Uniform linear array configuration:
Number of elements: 48
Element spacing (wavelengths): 0.25
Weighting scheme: cosine
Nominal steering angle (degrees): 0
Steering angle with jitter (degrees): -1.336
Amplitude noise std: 0.05
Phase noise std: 0.05

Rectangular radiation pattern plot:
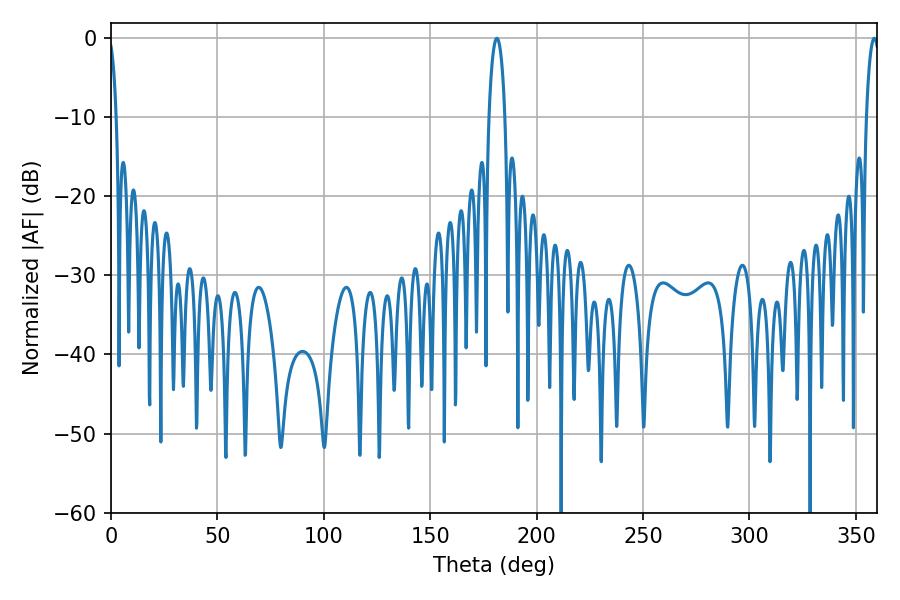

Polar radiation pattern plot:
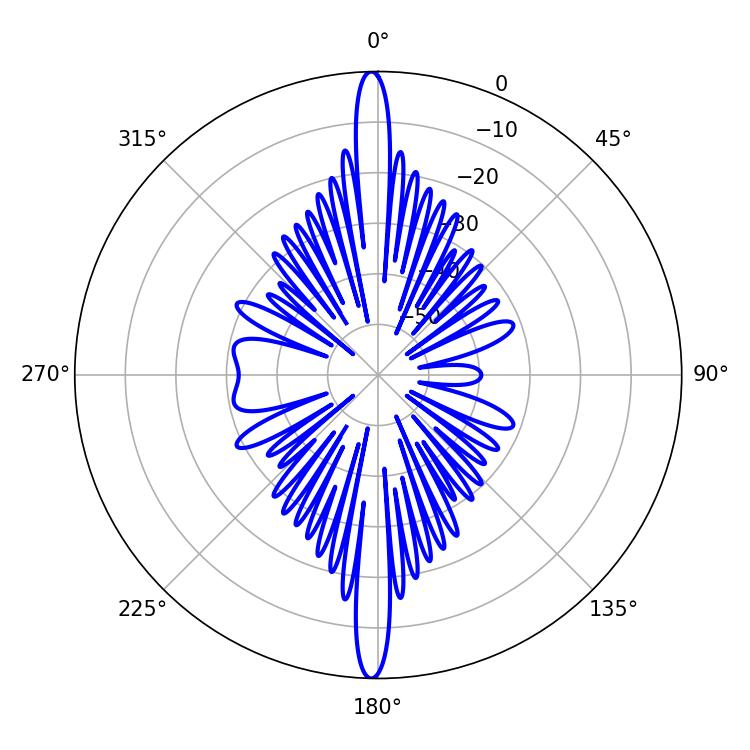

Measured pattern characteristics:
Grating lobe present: FALSE
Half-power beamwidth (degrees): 4.14
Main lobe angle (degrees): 181.26